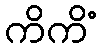
ကိကိံ